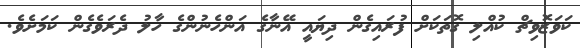
ކަވަޒޮވިޗް ކުއްލި ގޮތަކަށް ފުރައިގެން ދިޔައީ އޭނާގެ އަންހެނުންގެ ހާލު ދެރަވެގެން ކަމަށެވެ.